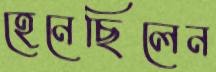
হেনেছিলেন